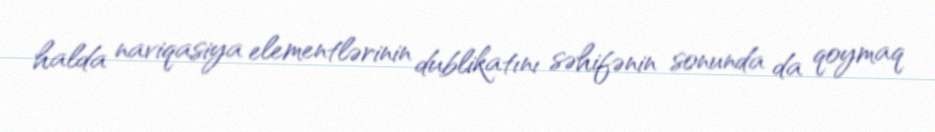
halda naviqasiya elementlərinin dublikatını səhifənin sonunda da qoymaq